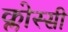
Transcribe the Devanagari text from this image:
क्लोस्सी